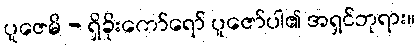
ပူဇေမိ - ရှိခိုးကော်ရော် ပူဇော်ပါ၏ အရှင်ဘုရား။